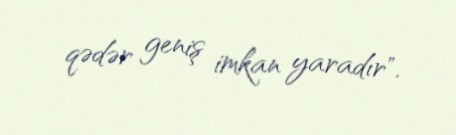
qədər geniş imkan yaradır".